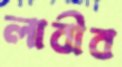
লাবীব